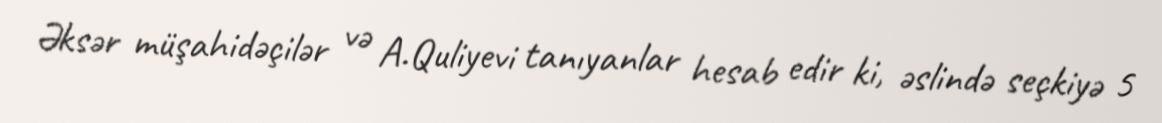
Əksər müşahidəçilər və A.Quliyevi tanıyanlar hesab edir ki, əslində seçkiyə 5